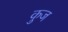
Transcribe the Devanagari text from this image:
कुज